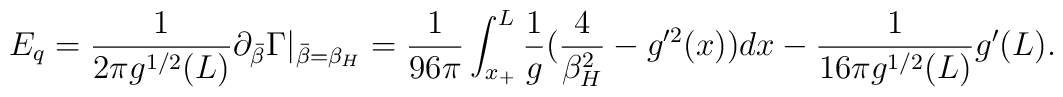
E_q={1 \over 2\pi g^{1/2}(L)} \partial_{\bar\beta} \Gamma  |_{\bar{\beta}=\beta_H}={1 \over 96\pi}\int_{x_+}^{L}{1 \over g}({4 \over  \beta^2_H}-g'^2(x))dx-{1 \over 16\pi g^{1/2}(L)}g'(L) .